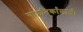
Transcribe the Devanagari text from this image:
गाइनिर्कांलाजी